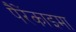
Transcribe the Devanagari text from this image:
पैरेंकाइमा